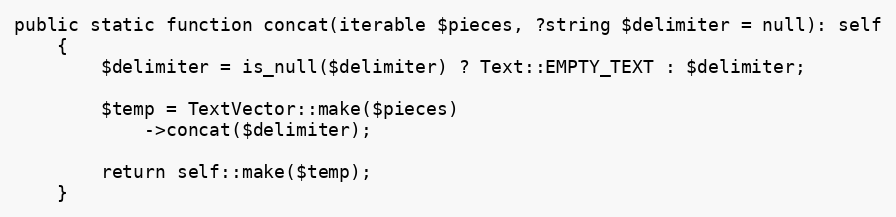
Language: PHP
public static function concat(iterable $pieces, ?string $delimiter = null): self
    {
        $delimiter = is_null($delimiter) ? Text::EMPTY_TEXT : $delimiter;

        $temp = TextVector::make($pieces)
            ->concat($delimiter);

        return self::make($temp);
    }